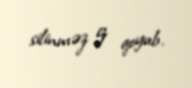
silinməz iz qoyub.